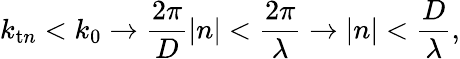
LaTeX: k_{\mathrm{t}n}<k_{0}\rightarrow\frac{2\pi}{D}|n|<\frac{2\pi}{\lambda}\rightarrow|n|<\frac{D}{\lambda},